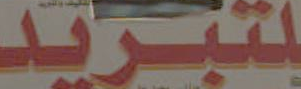
لتبريد